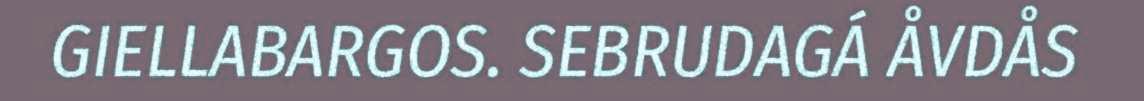
GIELLABARGOS. SEBRUDAGÁ ÅVDÅS